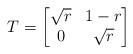
LaTeX: \begin{align*}T=\begin{bmatrix}\sqrt{r} & 1-r\\0 & \sqrt{r} \end{bmatrix} \end{align*}